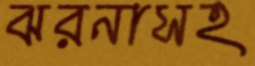
ঝরনাসহ